Lunatic asylums Punjab 1868-1880 - 1868-1880
Year: 1868
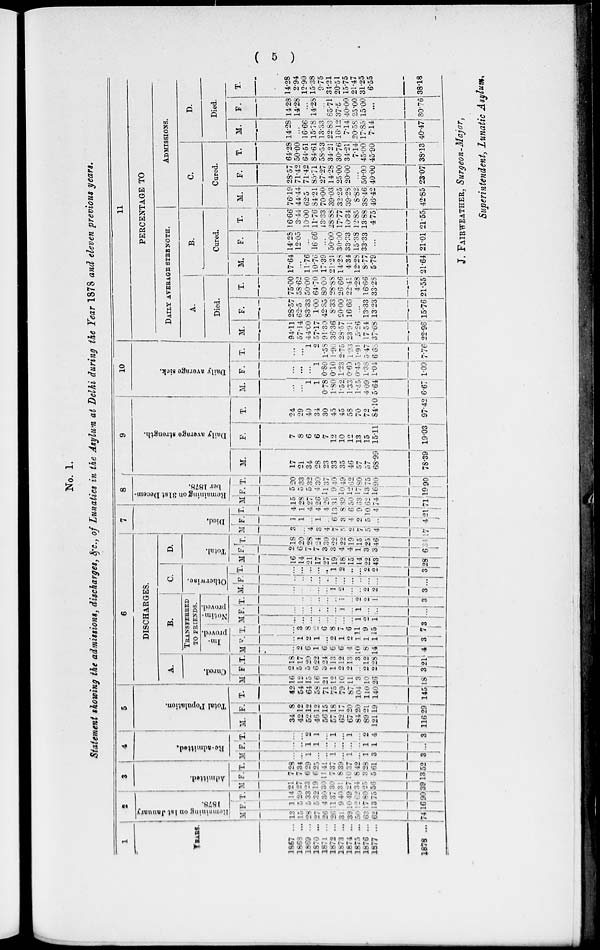
( 5 )
No. 1.
Statement showing the admissions, discharges, &c., of Lunatics in the Asylum at Delhi during the Year 1878 and eleven previous years.
1
YEARS.
1867 ...
1868 ...
1869 ...
1870 ...
1871 ...
1872 ...
1873 ...
1874 ...
1875 ...
1876 ...
1877 ...
1878
...
2
Remaining
on 1st January
1878.
M.
13
15 28
27
26
26
31 39
50
63
62
74
F.
1
5
5
5
4
11
9
10
12
17
13
16
T.
14
20
33
32
30
37
40
49
62
80
75
90
3
Admitted.
M.
21
27
23
19
30
30
31
27
34
25
56
39
F.
7
7
6
6
11
7
8
10
8
3
5
13
T.
28
34
29
25
41
37
39
37
42
28
61
52
4
Re-admitted.
M.
...
...
1
...
...
1
...
1
...
1
3
3
F.
...
..
1
1
...
...
...
...
...
1
1
...
T.
...
...
2
1
...
1
...
1
...
2
4
3
5
Total Population.
M.
34
42
52
46
56
57
62
67
84
89
121
116
F.
8
12
12
12
15
18
17
20
20
21
19
29
T.
42
54
64
58
71
75
79
87
104
110
140
145
6
DISCHARGES.
A.
Cured.
M.
16
12
15
16
21
12
10
11
3
10
26
18
F.
2
5
5
6
3
1
2
2
..
2
2
3
T.
18
17
20
22
24
13
12
13
3
12
28
21
B.
TRANSFERRED
TO FRIENDS.
Im-
proved.
M.
...
2
6
1
6
6
6
4
10
8
14
4
F.
...
1
2
1
...
2
1
2
1
1
1
3
T.
...
3
8
2
6
8
7
6
11
9
15
7
Notim-
proved.
M.
...
...
...
...
...
...
...
...
1
2
1
3
F.
...
...
...
...
...
...
1
...
1
...
...
...
T.
...
...
...
...
...
...
1
...
2
2
1
3
C.
Otherwise
M.
...
...
...
...
...
1
2
...
...
2
2
3
F.
...
...
...
...
...
...
...
...
...
...
...
...
T.
...
...
...
...
...
1
2
...
...
2
2
3
D.
Total.
M.
16
14
21
17
27
19
18
15
14
22
43
28
F.
2
6
7
7
3
3
4
4
1
3
3
6
T.
18
20
28
24
30
22
22
19
15
25
46
34
7
Died.
M.
3
...
4
3
4
7
5
2
7
5
4
17
F.
1
1
...
1
...
6
3
4
2
5
...
4
T.
4
1
4
4
4
13
8
6
9
10
4
21
8
Remaining on 31st Decem-
ber 1878.
M.
15
28
27
26
26
31
39
50
63
62
74
71
F.
5
5
5
4
11
9
10
12
17
13
16
19
T.
20
33
32
30
37
40
49
62
80
75
90
90
9
Daily average strength.
M.
17
21
34
28
23
33
35
46
57
57
68.99
78.39
F.
7
8
6
6
7
12
10
12
13
15
15.11
19.03
T.
24
29
40
34
30
45
45
58
70
72
84.10
97.42
10
Daily average sick.
M.
...
...
1
1
0.78
1.30
1.52
1.33
1.45
4.09
5.64
6.67
F.
...
...
...
1
0.80
0.10
1.23
0.60
0.45
1.38
1.04
1.09
T.
...
...
1
2
1.58
1.90
2.75
1.93
1.91
5.47
6.68
7.76
11
PERCENTAGE TO
DAILY AVERAGE STRENGTH.
A.
Died.
M.
94.11
57.14
44.00
57.17
91.30
36.36
28.57
23.91
5.26
17.54
37.68
22.96
F.
28.57
62.5
83.33
1.00
42.85
8.33
20.00
16.66
...
13.33
13.23
15.76
T.
75.00
58.62
50.00
64.70
80.00
28.88
26.66
22.41
4.28
16.66
33.23
21.55
B.
Cured.
M.
17.64
...
11.76
10.76
17.39
21.21
14.28
4.34
12.28
8.77
5.79
21.64
F.
14.28
12.05
...
16.66
...
50.00
30.00
33.33
15.38
33.33
...
21.01
T.
16.66
3.44
10.00
11.76
13.33
28.88
17.77
10.34
12.85
13.88
4.75
21.55
ADMISSIONS.
C.
Cured.
M.
76.19
44.44
62.5
84.21
70.00
39.03
32.25
39.28
8.82
38.46
46.42
42.85
F.
28.57
71.42
71.42
85.71
27.27
14.28
25.00
20.00
...
50.00
40.00
23.07
T.
64.28
50.00
64.51
84.61
58.53
34.21
30.76
34.21
7.14
45.00
45.90
38.13
D.
Died.
M.
14.28
...
16.66
15.78
13.33
22.83
16.12
7.14
20.58
17.85
7.14
40.47
F.
14.28
14.28
...
14.28
...
85.71
37.5
40.00
25.00
15.00
...
30.76
T.
14.28
2.94
12.90
15.38
9.75
34.21
20.51
15.75
21.47
31.25
6.55
38.18
J. FAIRWEATHER, Surgeon-Major,
Superintendent, Lunatic Asylum.